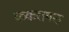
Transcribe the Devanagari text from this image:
ककरामठ